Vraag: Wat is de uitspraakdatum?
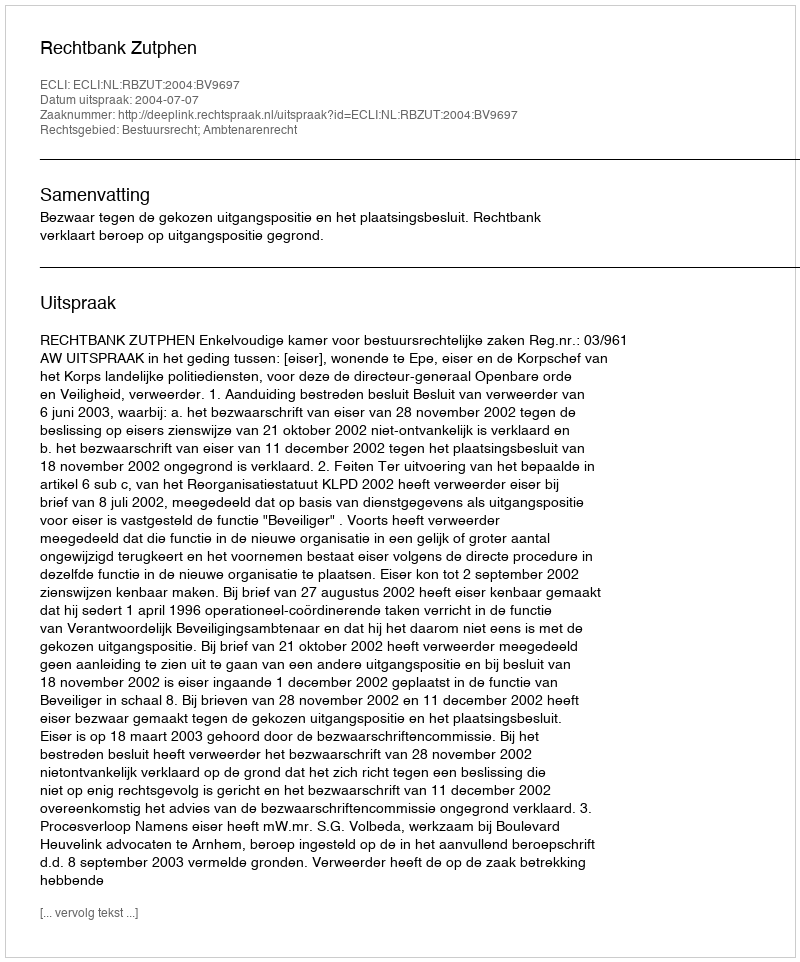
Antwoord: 2004-07-07